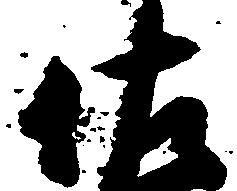
佐